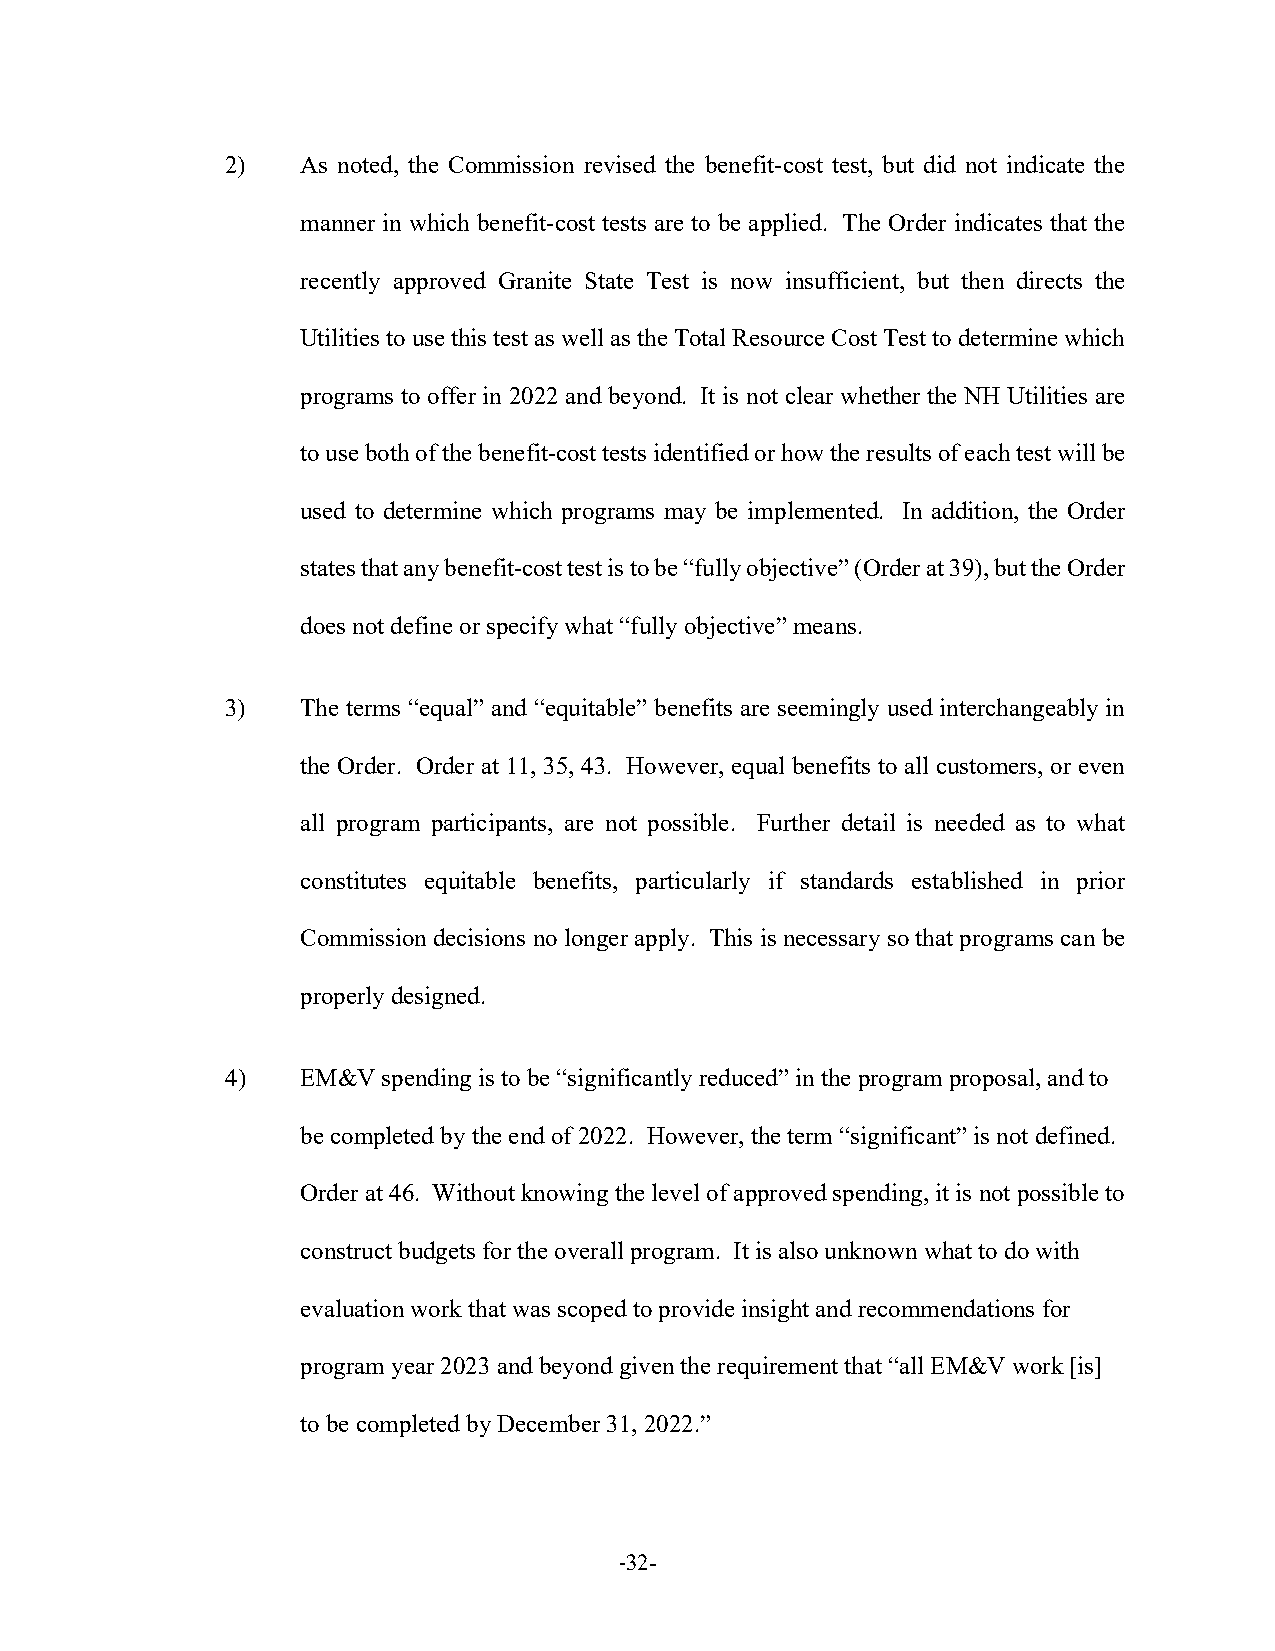
2)   As noted, the Commission revised the benefit-cost test, but did not indicate the
 manner in which benefit-cost tests are to be applied. The Order indicates that the
 recently approved Granite State Test is now insufficient, but then directs the
 Utilities to use this test as well as the Total Resource Cost Test to determine which
 programs to offer in 2022 and beyond. It is not clear whether the NH Utilities are
 to use both of the benefit-cost tests identified or how the results of each test will be
 used to determine which programs may be implemented. In addition, the Order
 states that any benefit-cost test is to be “fully objective” (Order at 39), but the Order
 does not define or specify what “fully objective” means.
 3)   The terms “equal” and “equitable” benefits are seemingly used interchangeably in
 the Order. Order at 11, 35, 43. However, equal benefits to all customers, or even
 all program participants, are not possible. Further detail is needed as to what
 constitutes equitable benefits, particularly if standards established in prior
 Commission decisions no longer apply. This is necessary so that programs can be
 properly designed.
 4)   EM&V spending is to be “significantly reduced” in the program proposal, and to
 be completed by the end of 2022. However, the term “significant” is not defined.
 Order at 46. Without knowing the level of approved spending, it is not possible to
 construct budgets for the overall program. It is also unknown what to do with
 evaluation work that was scoped to provide insight and recommendations for
 program year 2023 and beyond given the requirement that “all EM&V work [is]
 to be completed by December 31, 2022.”
 -32-